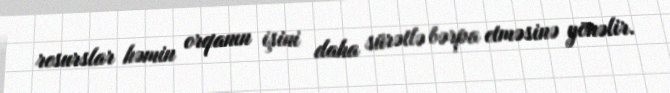
resurslar həmin orqanın işini daha sürətlə bərpa etməsinə yönəlir.